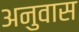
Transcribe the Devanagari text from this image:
अनुवास